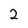
Character: 2